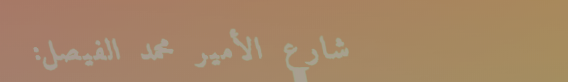
شارع الأمير محمد الفيصل: